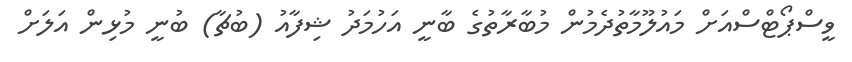
ވީސްޕޯޓްސްއަށް މައުލޫމާތުދެމުން މުބާރާތުގެ ބާނީ އަހުމަދު ޝިފާއު (ބުޗާ) ބުނީ މުޅިން އަލަށް